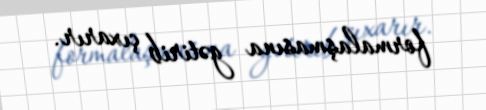
formalaşmasına gətirib çıxarır.